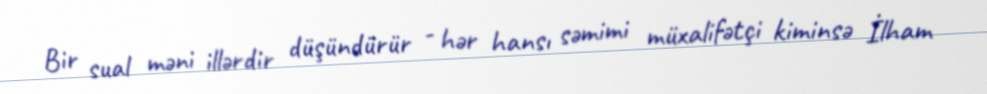
Bir sual məni illərdir düşündürür - hər hansı səmimi müxalifətçi kiminsə İlham